Piroplasma canis and its life cycle in the tick - Number 29
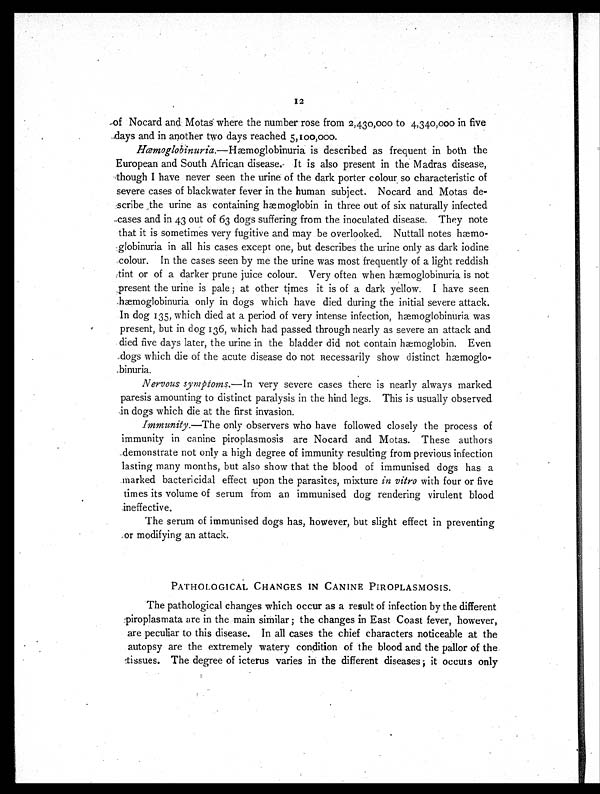
12
of Nocard and Motas where the number rose from 2,430,000 to 4,340,000 in five
days and in another two days reached 5,100,000.
Hæmoglobinuria.—Hæmoglobinuria is described as frequent in both the
European and South African disease. It is also present in the Madras disease,
though I have never seen the urine of the dark porter colour so characteristic of
severe cases of blackwater fever in the human subject. Nocard and Motas de-
scribe the urine as containing hæmoglobin in three out of six naturally infected
cases and in 43 out of 63 dogs suffering from the inoculated disease. They note
that it is sometimes very fugitive and may be overlooked. Nuttall notes hæmo-
globinuria in all his cases except one, but describes the urine only as dark iodine
colour. In the cases seen by me the urine was most frequently of a light reddish
tint or of a darker prune juice colour. Very often when hæmoglobinuria is not
present the urine is pale ; at other times it is of a dark yellow. I have seen
hæmoglobinuria only in dogs which have died during the initial severe attack.
In dog 135, which died at a period of very intense infection, hæmoglobinuria was
present, but in dog 136, which had passed through nearly as severe an attack and
died five days later, the urine in the bladder did not contain hæmoglobin. Even
dogs which die of the acute disease do not necessarily show distinct hmoglo-
binuria.
Nervous symptoms.— In very severe cases there is nearly always marked
paresis amounting to distinct paralysis in the hind legs. This is usually observed
in dogs which die at the first invasion.
Immunity. —The only observers who have followed closely the process of
immunity in canine piroplasmosis are Nocard and Motas. These authors
demonstrate not only a high degree of immunity resulting from previous infection
lasting many months, but also show that the blood of immunised dogs has a
marked bactericidal effect upon the parasites, mixture in vitro with four or five
times its volume of serum from an immunised dog rendering virulent blood
ineffective.
The serum of immunised dogs has, however, but slight effect in preventing
or modifying an attack.
PATHOLOGICAL CHANGES IN CANINE PIROPLASMOSIS.
The pathological changes which occur as a result of infection by the different
piroplasmata are in the main similar ; the changes in East Coast fever, however,
are peculiar to this disease. In all cases the chief characters noticeable at the
autopsy are the extremely watery condition of the blood and the pallor of the
tissues. The degree of icterus varies in the different diseases ; it occurs only